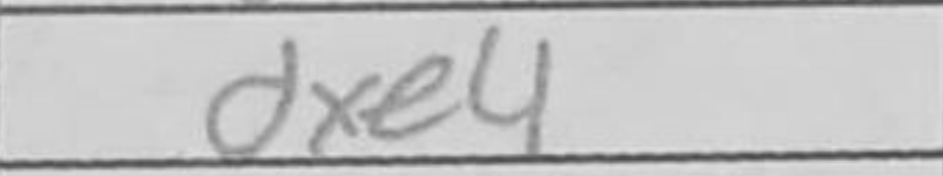
Transcription: dxe4